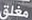
مغلق